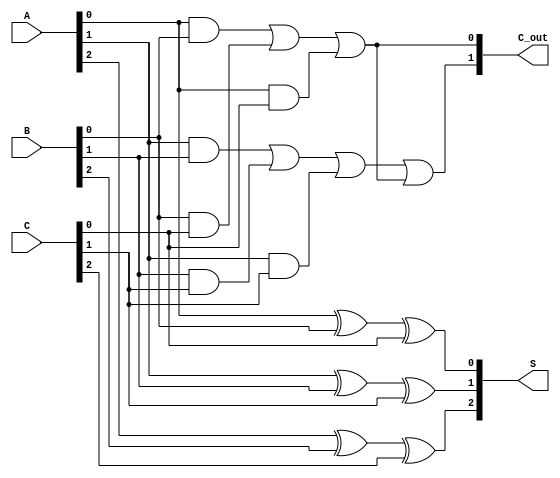
module CarrySaveAdder (
    input  [2:0] A, // 3-bit input A
    input  [2:0] B, // 3-bit input B
    input  [2:0] C, // 3-bit input C
    output [2:0] S, // 3-bit sum output
    output [1:0] C_out // 2-bit carry output
);

    // Sum calculation
    assign S[0] = A[0] ^ B[0] ^ C[0];
    assign S[1] = A[1] ^ B[1] ^ C[1];
    assign S[2] = A[2] ^ B[2] ^ C[2];

    // Carry calculation
    wire C0, C1;
    
    assign C0 = (A[0] & B[0]) | (B[0] & C[0]) | (A[0] & C[0]);
    assign C1 = (A[1] & B[1]) | (B[1] & C[1]) | (A[1] & C[1]) | C0;

    assign C_out[0] = C0; // First carry output
    assign C_out[1] = C1; // Second carry output

endmodule